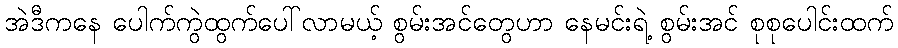
အဲဒီကနေ ပေါက်ကွဲထွက်ပေါ်လာမယ့် စွမ်းအင်တွေဟာ နေမင်းရဲ့ စွမ်းအင် စုစုပေါင်းထက်